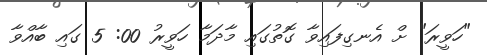
"ހަވީރަ" ށް އެނގިފައިވާ ގޮތުގައި މާދަމާ ހަވީރު 00: 5 ގައި ބާއްވާ